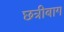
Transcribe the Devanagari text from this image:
छत्रीबाग